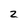
Character: 2